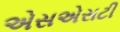
એસએસટી